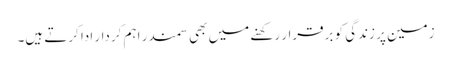
زمین پر زندگی کو برقرار رکھنے میں بھی سمندر اہم کردار ادا کرتے ہیں۔